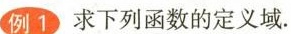
例1求下列函数的定义域。